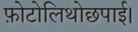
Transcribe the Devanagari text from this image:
फ़ोटोलिथोछपाई।